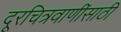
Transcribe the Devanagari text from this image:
दूरचित्रवाणींसाठी